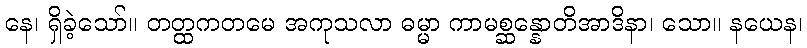
နေ၊ ရှိခဲ့သော်။ တတ္ထကတမေ အကုသလာ ဓမ္မာ ကာမစ္ဆန္နောတိအာဒိနာ၊ သော။ နယေန၊